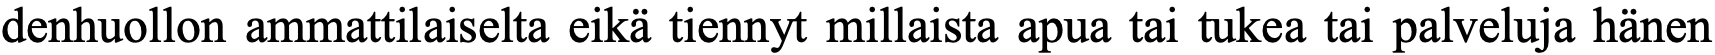
denhuollon ammattilaiselta eikä tiennyt millaista apua tai tukea tai palveluja hänen